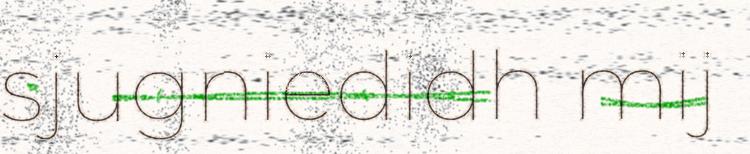
sjugniedidh mij